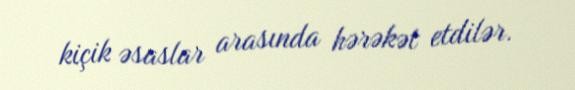
kiçik əsaslar arasında hərəkət etdilər.